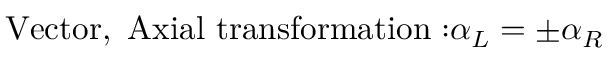
\mathrm { V e c t o r , ~ A x i a l ~ t r a n s f o r m a t i o n : } \alpha _ { L } = \pm \alpha _ { R }